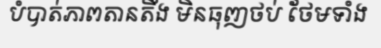
បំបាត់ភាពតានតឹង មិនធុញថប់ ថែមទាំង